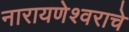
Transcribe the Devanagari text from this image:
नारायणेश्वराचे